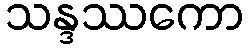
သန္ဒဿကော